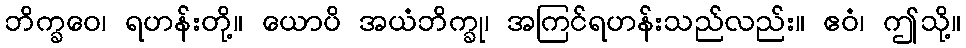
ဘိက္ခဝေ၊ ရဟန်းတို့။ ယောပိ အယံဘိက္ခု၊ အကြင်ရဟန်းသည်လည်း။ ဧဝံ၊ ဤသို့။